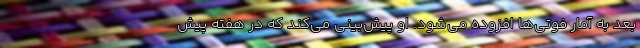
بعد به آمار فوتی‌ها افزوده می‌شود. او پیش‌بینی می‌کند که در هفته پیش‌